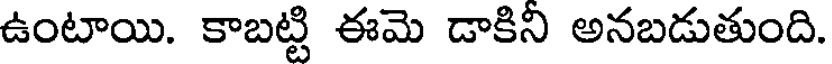
ఉంటాయి. కాబట్టి ఈమె డాకిని అనబడుతుంది.